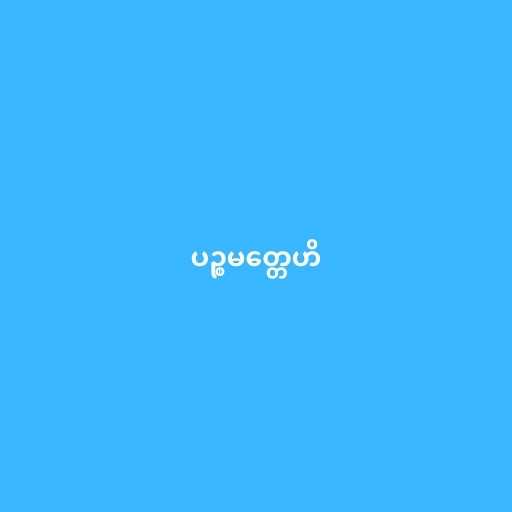
ပဉ္စမတ္တေဟိ